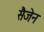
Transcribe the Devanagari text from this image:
सैजेन